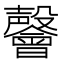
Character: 𭯅